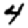
Digit: 4